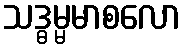
သဒ္ဓမ္မမာစလော